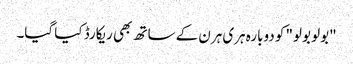
"بولو بولو" کو دوبارہ ہری ہرن کے ساتھ بھی ریکارڈ کیا گیا۔